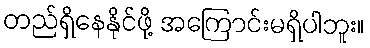
တည်ရှိနေနိုင်ဖို့ အကြောင်းမရှိပါဘူး။